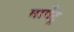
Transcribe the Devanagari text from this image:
मार्गेट्र